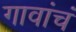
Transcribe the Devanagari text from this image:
गावांचं